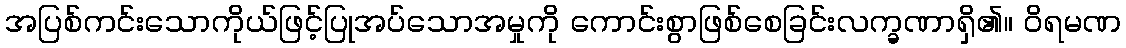
အပြစ်ကင်းသောကိုယ်ဖြင့်ပြုအပ်သောအမှုကို ကောင်းစွာဖြစ်စေခြင်းလက္ခဏာရှိ၏။ ဝိရမဏ